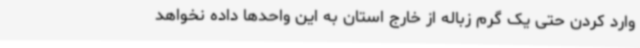
وارد کردن حتی یک گرم زباله از خارج استان به این واحدها داده نخواهد